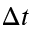
\Delta t